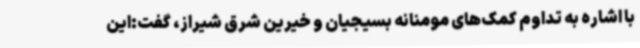
با اشاره به تداوم کمک‌های مومنانه بسیجیان و خیرین شرق شیراز، گفت:این